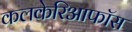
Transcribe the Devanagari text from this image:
कलकेरिआफॉस